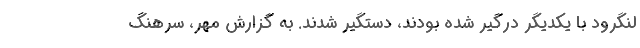
لنگرود با یکدیگر درگیر شده بودند، دستگیر شدند. به گزارش مهر، سرهنگ